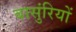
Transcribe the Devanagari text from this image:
बासुंरियों